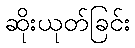
ဆိုးယုတ်ခြင်း